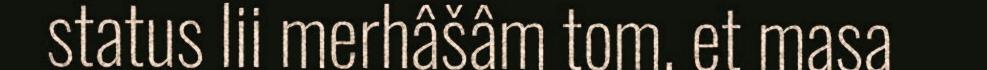
status lii merhâšâm tom, et masa